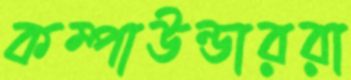
কম্পাউন্ডাররা